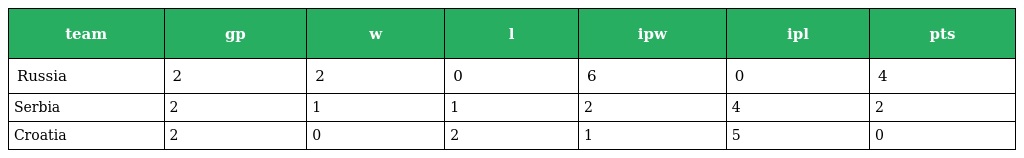
| team | gp | w | l | ipw | ipl | pts |
 | --- | --- | --- | --- | --- | --- | --- |
 | Russia | 2 | 2 | 0 | 6 | 0 | 4 |
 | Serbia | 2 | 1 | 1 | 2 | 4 | 2 |
 | Croatia | 2 | 0 | 2 | 1 | 5 | 0 |